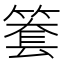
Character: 𥱫